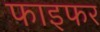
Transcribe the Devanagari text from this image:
फाइफर